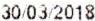
30/03/2018